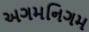
અગમનિગમ